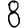
Digit: 8